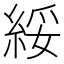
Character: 綏